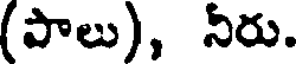
(పాలు), నిరు.